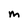
Character: M